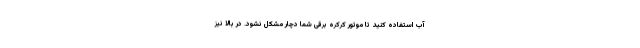
آب استفاده کنید تا موتور کرکره برقی شما دچار مشکل نشود. در بالا نیز